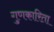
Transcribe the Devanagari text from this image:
गुणकारिता